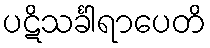
ပဋိသင်္ခါရာပေတိ